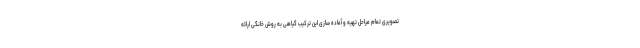
تصویری تمام مراحل تهیه و آماده سازی این ترکیب گیاهی به روش خانگی ارائه